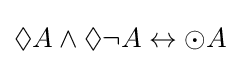
\Diamond A\wedge \Diamond \neg A\leftrightarrow \odot A